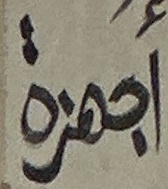
اجهزة